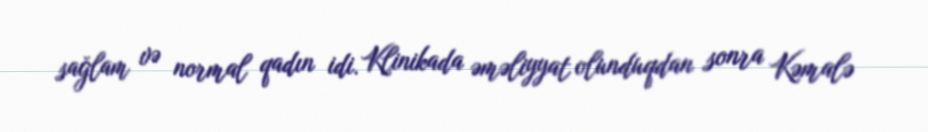
sağlam və normal qadın idi. Klinikada əməliyyat olunduqdan sonra Kəmalə